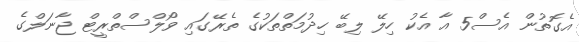
އެގޮތުން އެސް5 އާ އެކު ހިލޭ ލިބޭ ހިދުމަތްތަކުގެ ތެރޭގައި ވޯލްސްތްރީޓް ޖާނަލްގެ